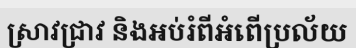
ស្រាវជ្រាវ និងអប់រំពីអំពើប្រល័យ